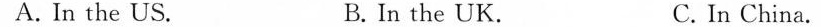
A. In the US. B. In the UK. C. In China.